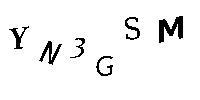
YN3GSM